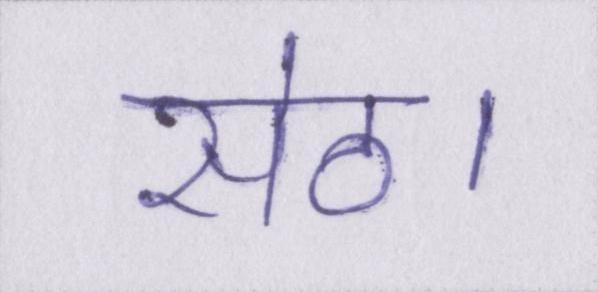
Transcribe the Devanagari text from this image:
सेठ।